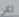
لكن